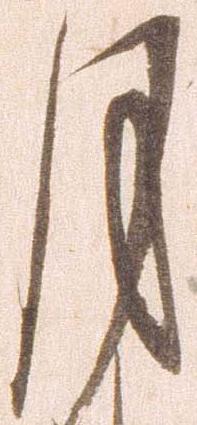
月